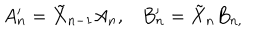
A _ { n } ^ { \prime } = \tilde { X } _ { n - 1 } A _ { n } , B _ { n } ^ { \prime } = \tilde { X } _ { n } B _ { n , } \; \; \;